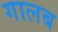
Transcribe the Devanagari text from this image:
गालब